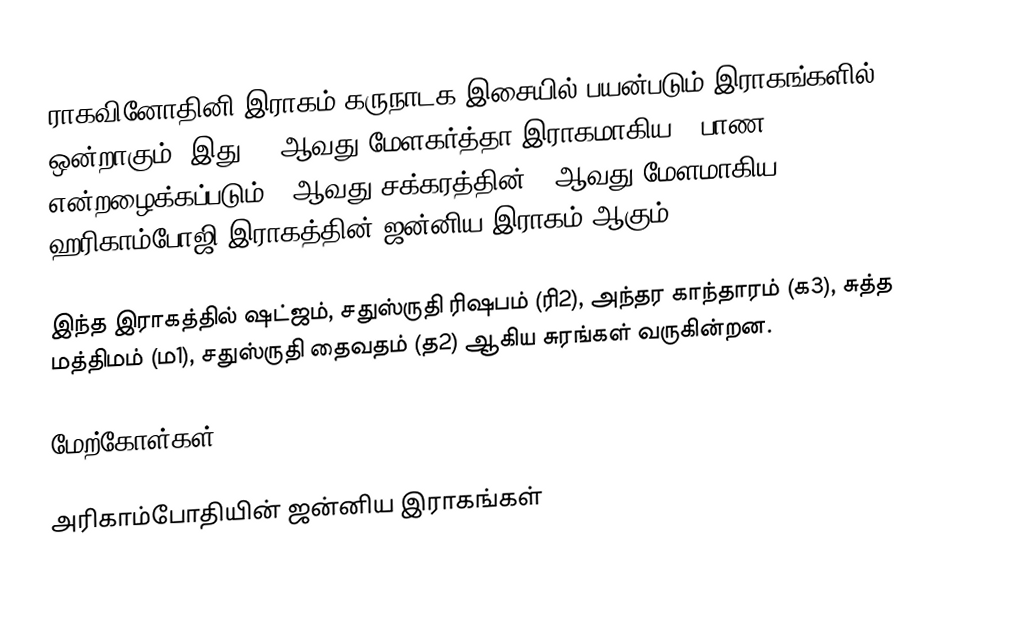
ராகவினோதினி இராகம் கருநாடக இசையில் பயன்படும் இராகங்களில் ஒன்றாகும். இது 28 ஆவது மேளகர்த்தா இராகமாகிய, "பாண" என்றழைக்கப்படும் 5 ஆவது சக்கரத்தின் 4 ஆவது மேளமாகிய ஹரிகாம்போஜி இராகத்தின் ஜன்னிய இராகம் ஆகும்.

இந்த இராகத்தில் ஷட்ஜம், சதுஸ்ருதி ரிஷபம் (ரி2), அந்தர காந்தாரம் (க3), சுத்த மத்திமம் (ம1), சதுஸ்ருதி தைவதம் (த2) ஆகிய சுரங்கள் வருகின்றன.

மேற்கோள்கள்

அரிகாம்போதியின் ஜன்னிய இராகங்கள்